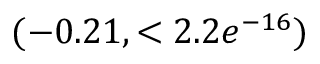
( - 0 . 2 1 , < 2 . 2 e ^ { - 1 6 } )